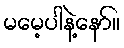
မမေ့ပါနဲ့နော်။